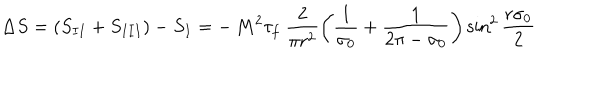
LaTeX: \Delta S = ( S _ { I I } + S _ { I I I } ) - S _ { I } = - \, M ^ { 2 } \tau _ { f } ~ \frac { 2 } { \pi r ^ { 2 } } \left( \frac { 1 } { \sigma _ { 0 } } + \frac { 1 } { 2 \pi - \sigma _ { 0 } } \right) { \sin } ^ { 2 } \, \frac { r \sigma _ { 0 } } { 2 }